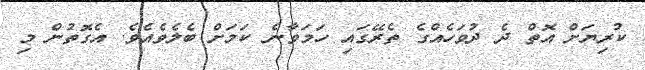
ކުރިޔަށް އޮތް ދެ ދުވަހެއްގެ ތެރޭގައި ހަމަވާނެ ކަމަށް ބެލެވެއެވެ. އެގޮތުން މި